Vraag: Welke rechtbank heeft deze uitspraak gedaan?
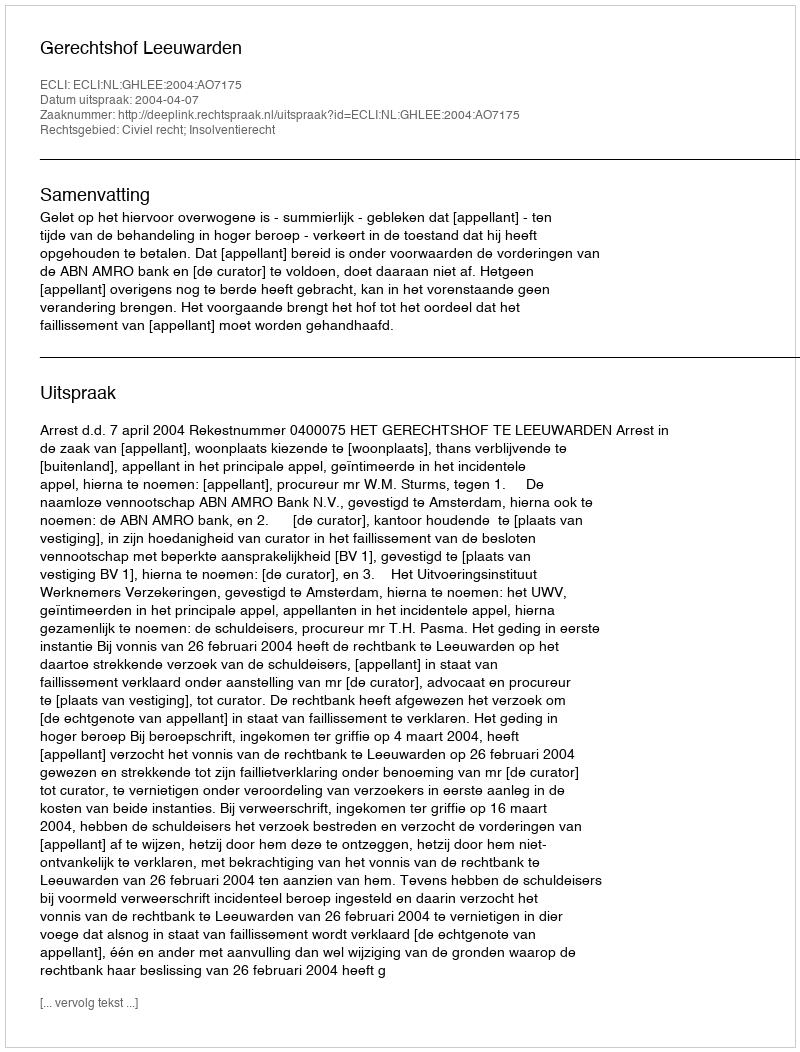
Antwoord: Gerechtshof Leeuwarden